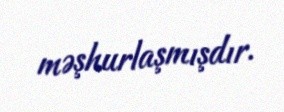
məşhurlaşmışdır.